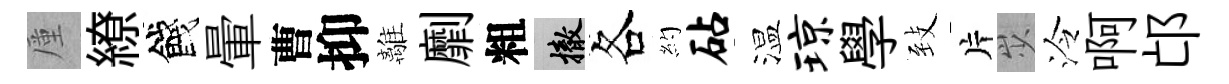
厪繚餞暈曹抑離劘粗撤各約砧温琼學𦤺片𡵯泠啊邙